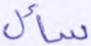
سأل